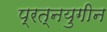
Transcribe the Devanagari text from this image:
प्रत्नयुगीन